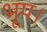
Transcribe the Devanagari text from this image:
भूप।